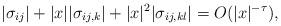
LaTeX: \begin{align*} |\sigma_{ij}| + |x||\sigma_{ij,k}| + |x|^2|\sigma_{ij,kl}| = O(|x|^{-\tau}),\end{align*}